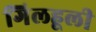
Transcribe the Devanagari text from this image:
गिलहूली